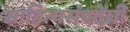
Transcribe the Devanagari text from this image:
साहित्यसंपदेची